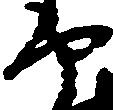
守